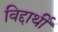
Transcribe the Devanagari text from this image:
विद्दार्थी